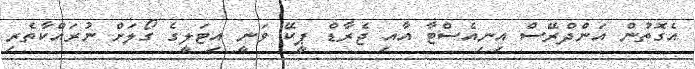
އެގޮތުން އަންދްރޭސް އިނިއެސްޓާ އާއި ޖެރާޑް ޕީކޭ ވަނީ އިޓަލީގެ ގޯލަށް ނުރައްކާތެރި